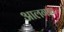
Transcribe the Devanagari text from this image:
आलगाव